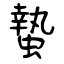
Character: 蟄